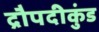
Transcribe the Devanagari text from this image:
द्रौपदीकुंड